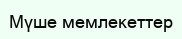
Мүше мемлекеттер